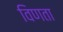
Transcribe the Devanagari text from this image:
विणता